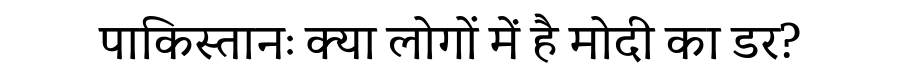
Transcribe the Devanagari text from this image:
पाकिस्तानः क्या लोगों में है मोदी का डर?